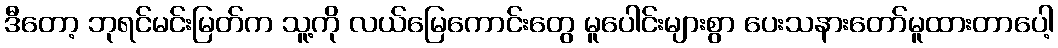
ဒီတော့ ဘုရင်မင်းမြတ်က သူ့ကို လယ်မြေကောင်းတွေ မူပေါင်းများစွာ ပေးသနားတော်မူထားတာပေါ့